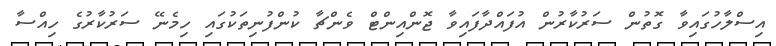
އިސްލާހުގައިވާ ގޮތުން ސަރުކާރުން އުފައްދާފައިވާ ޖޮންއިންޓް ވެންޗާ ކުންފުނިތަކުގައި ހިމެނޭ ސަރުކާރުގެ ހިއްސާ